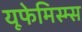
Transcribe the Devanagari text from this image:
यूफेमिस्म्स